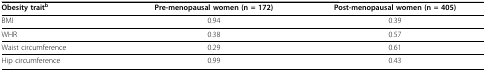
| Obesity traitb | Pre-menopausal women (n = 172) | Post-menopausal women (n = 405) |
 | --- | --- | --- |
 | BMI | 0.94 | 0.39 |
 | WHR | 0.38 | 0.57 |
 | Waist circumference | 0.29 | 0.61 |
 | Hip circumference | 0.99 | 0.43 |